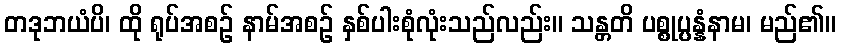
တဒုဘယံပိ၊ ထို ရုပ်အစဉ် နာမ်အစဉ် နှစ်ပါးစုံလုံးသည်လည်း။ သန္တတိ ပစ္စုပ္ပန္နံနာမ၊ မည်၏။